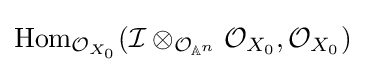
{\text{Hom}}_{{\mathcal {O}}_{X_{0}}}({\mathcal {I}}\otimes _{{\mathcal {O}}_{\mathbb {A} ^{n}}}{\mathcal {O}}_{X_{0}},{\mathcal {O}}_{X_{0}})